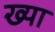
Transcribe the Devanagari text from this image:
ख्या